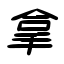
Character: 拿